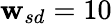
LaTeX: {\mathbf{w}_{sd}}=10